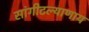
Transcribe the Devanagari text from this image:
सांगीटल्याणाय